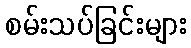
စမ်းသပ်ခြင်းများ